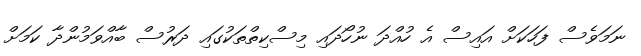
ނަމަވެސް ފަހަކަށް އައިސް އެ ހުއްދަ ނުހޯދައި މިސްކިތްތަކުގައި ދަރުސް ބާއްވަމުންދާ ކަމަށް